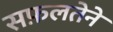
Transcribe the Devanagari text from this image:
सफ़लतेने